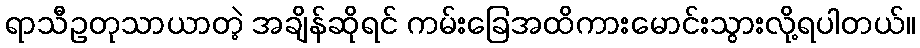
ရာသီဥတုသာယာတဲ့ အချိန်ဆိုရင် ကမ်းခြေအထိကားမောင်းသွားလို့ရပါတယ်။